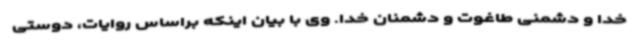
خدا و دشمنی طاغوت و دشمنان خدا. وی با بیان اینکه براساس روایات، دوستی